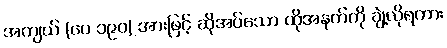
အကျယ် (ပေ ၁၉၀) အားဖြင့် ဆိုအပ်သော ထိုအနက်ကို ချဲ့လိုရကား